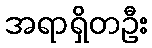
အရာရှိတဦး